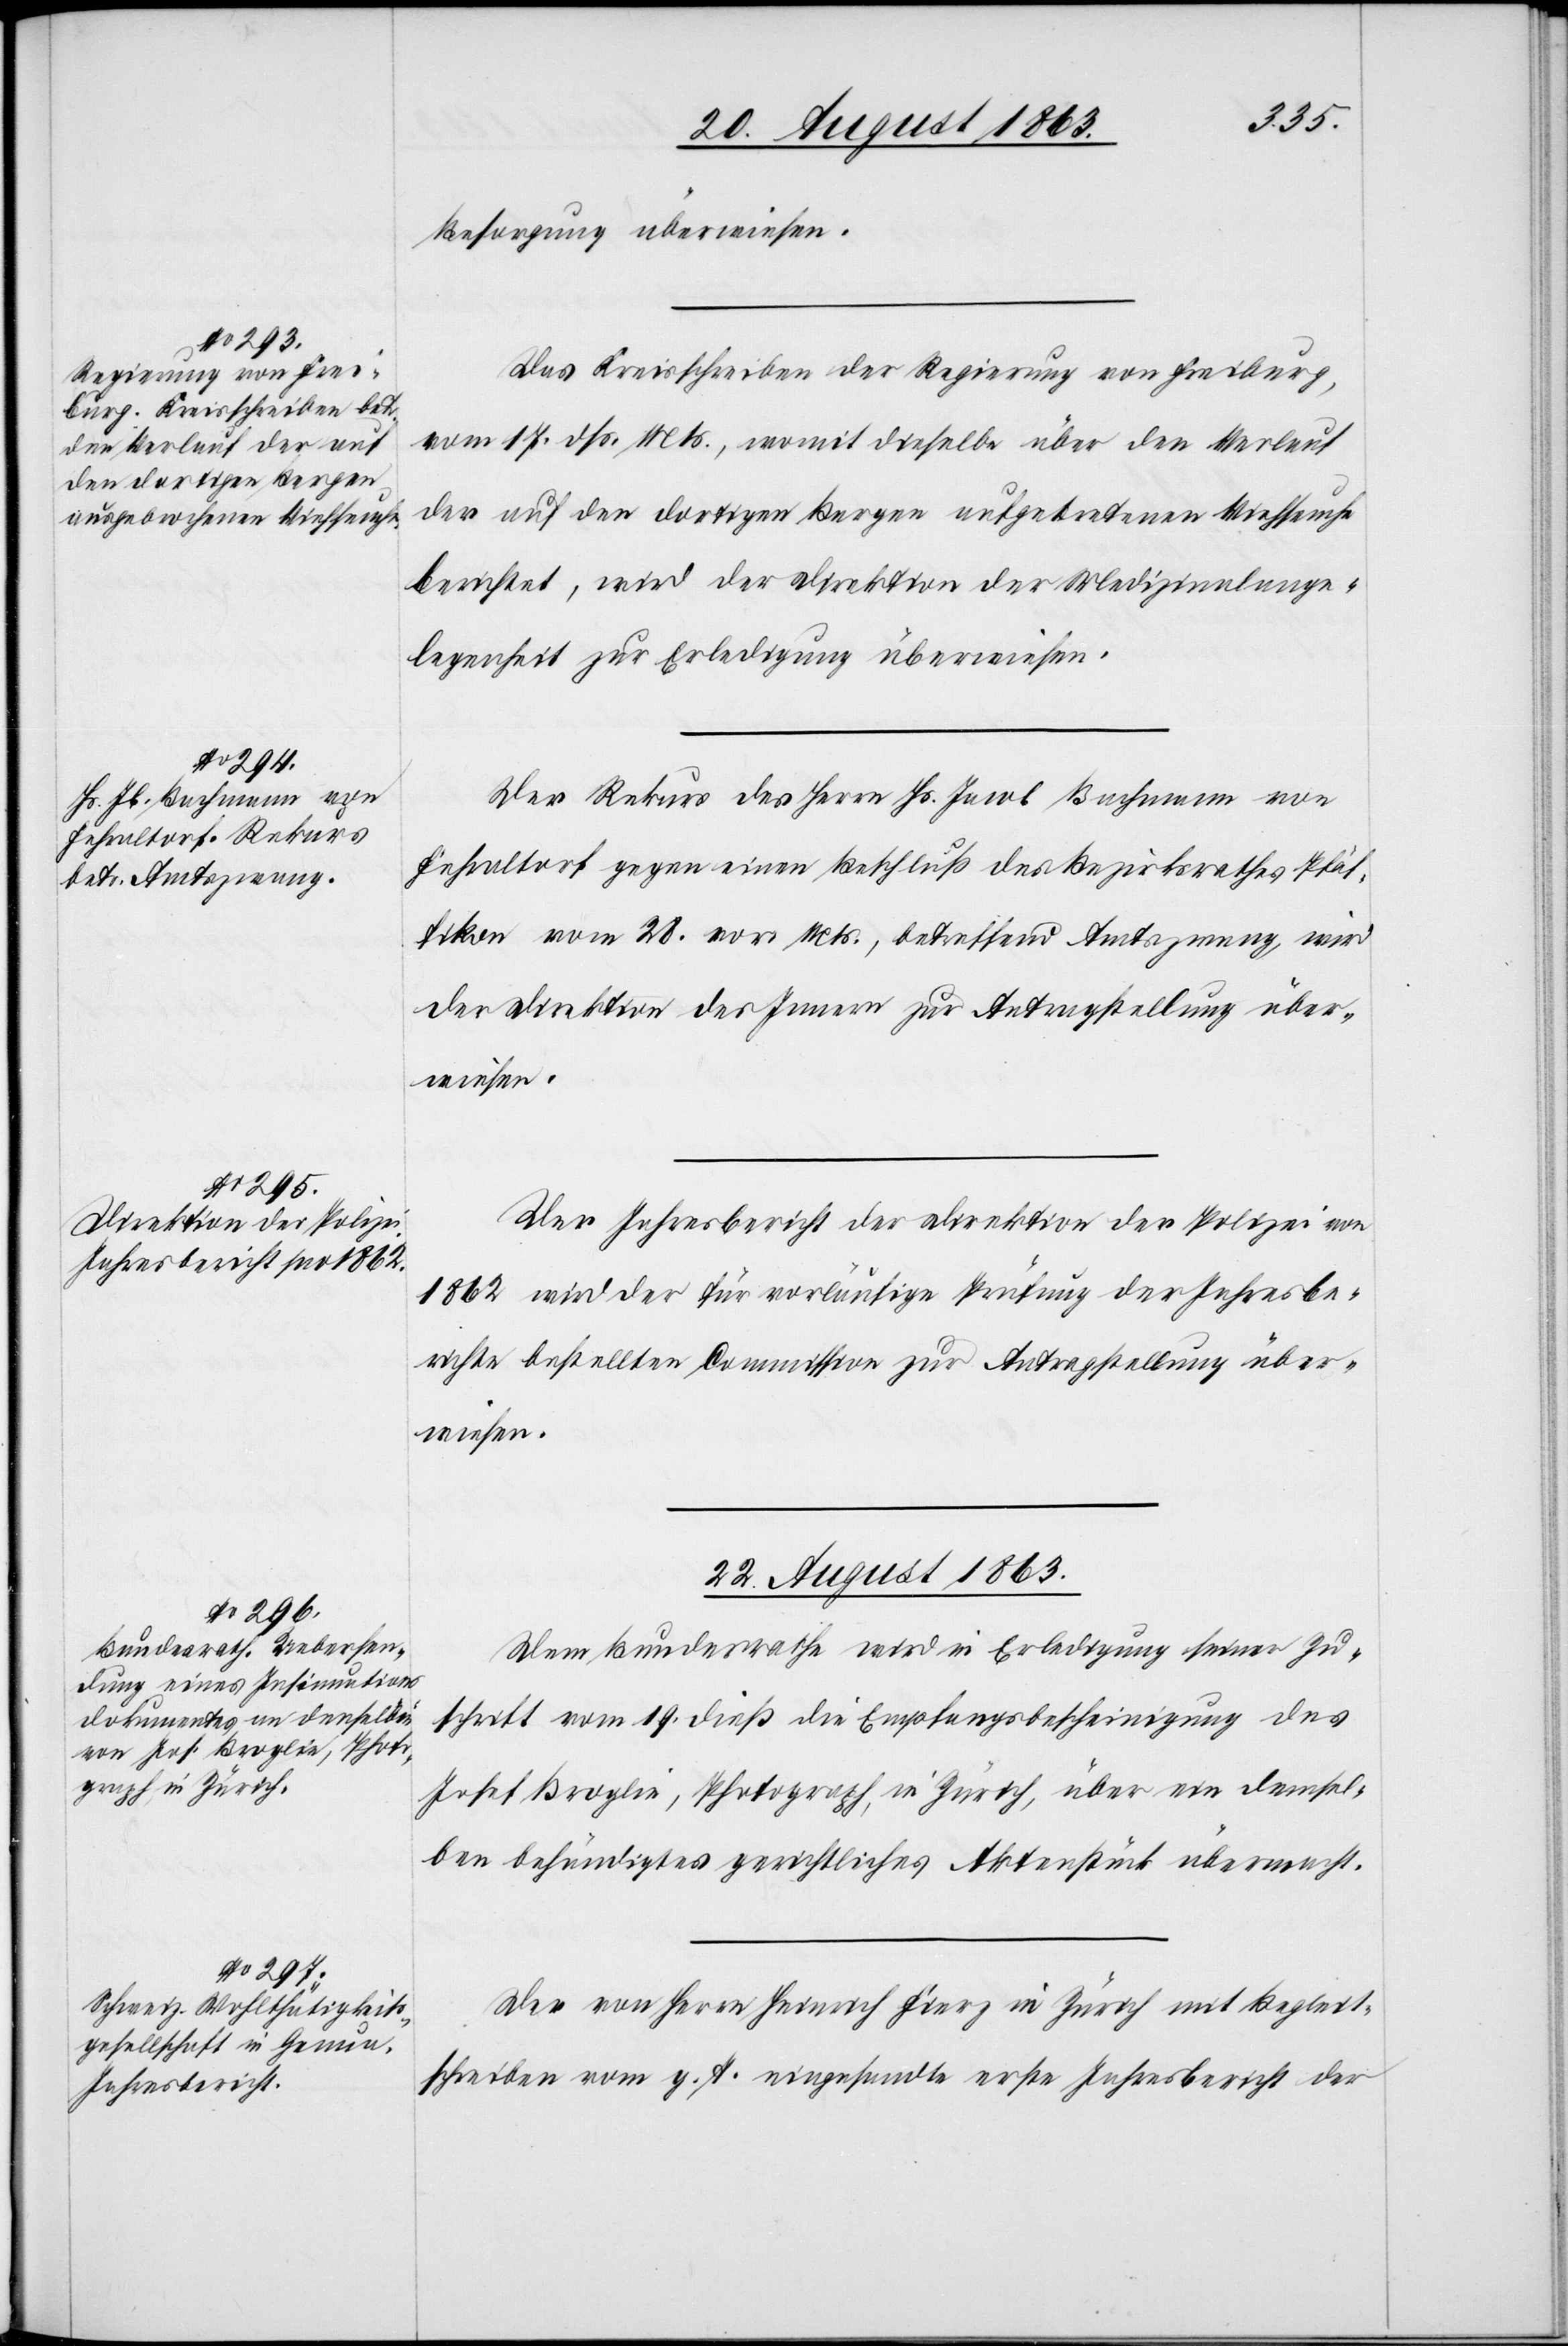
21. August 1863.]
Besorgung überwiesen.
Das Kreisschreiben der Regierung von Freiburg,
vom 17. dß. Mts., womit dieselbe über den Verlauf
der auf den dortigen Bergen aufgetretenen Viehseuche
berichtet, wird der Direktion der Medizinalange¬
legenheiten zur Erledigung überwiesen.
Der Rekurs des Herrn Hs. Jacob Bachmann von
Fehraltorf gegen einen Beschluß des Bezirksrathes Pfäf¬
fikon vom 28. vor. Mts., betreffend Amtszwang, wird
der Direktion des Innern zur Antragstellung über¬
wiesen.
Der Jahresbericht der Direktion der Polizei von
1862 wird der für vorläufige Prüfung der Jahresbe¬
richte bestellten Commission zur Antragstellung über¬
wiesen.
22. August 1863.]
Dem Bundesrathe wird in Erledigung seiner Zu¬
schrift vom 19. dieß die Empfangsbescheinigung des
Josef Broglie, Photograph, in Zürich, über ein demsel¬
ben behändigtes gerichtliches Aktenstück übermacht.
Der von Herrn Heinrich Fierz in Zürich mit Begleit¬
schreiben vom g. T. eingesandte erste Jahresbericht der